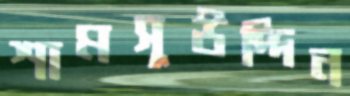
শামসুউদ্দিন